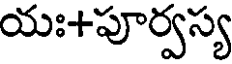
యః+పూర్వస్య